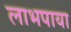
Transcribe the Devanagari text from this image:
लाभपाया